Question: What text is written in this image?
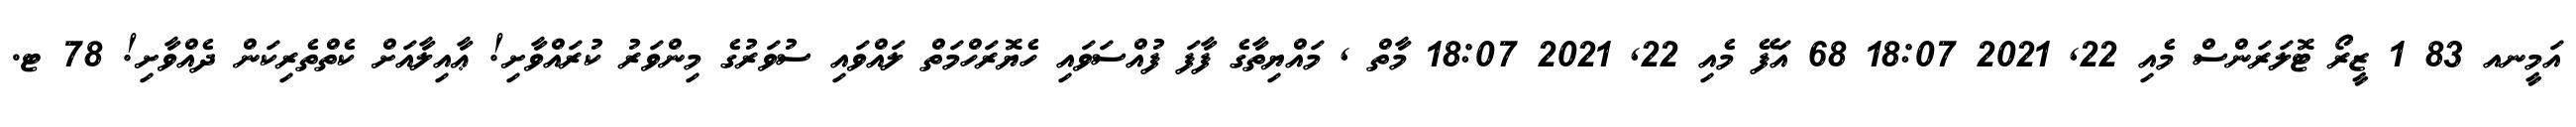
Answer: އަމީނއ 83 1 ޒީރޯ ޓޮލަރަންސް މެއި 22, 2021 18:07 68 އަފޭ މެއި 22, 2021 18:07 މާތް , މައްޔިތާގެ ފާފަ ފުއްސަވައި ހެޔޮރަހްމަތް ލައްވައި ސުވަރުގެ މިންވަރު ކުރައްވާށި! ޢާއިލާއަށް ކެތްތެރިކަން ދެއްވާށި! 78 ޓ.